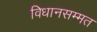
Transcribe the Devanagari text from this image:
विधानसम्मत